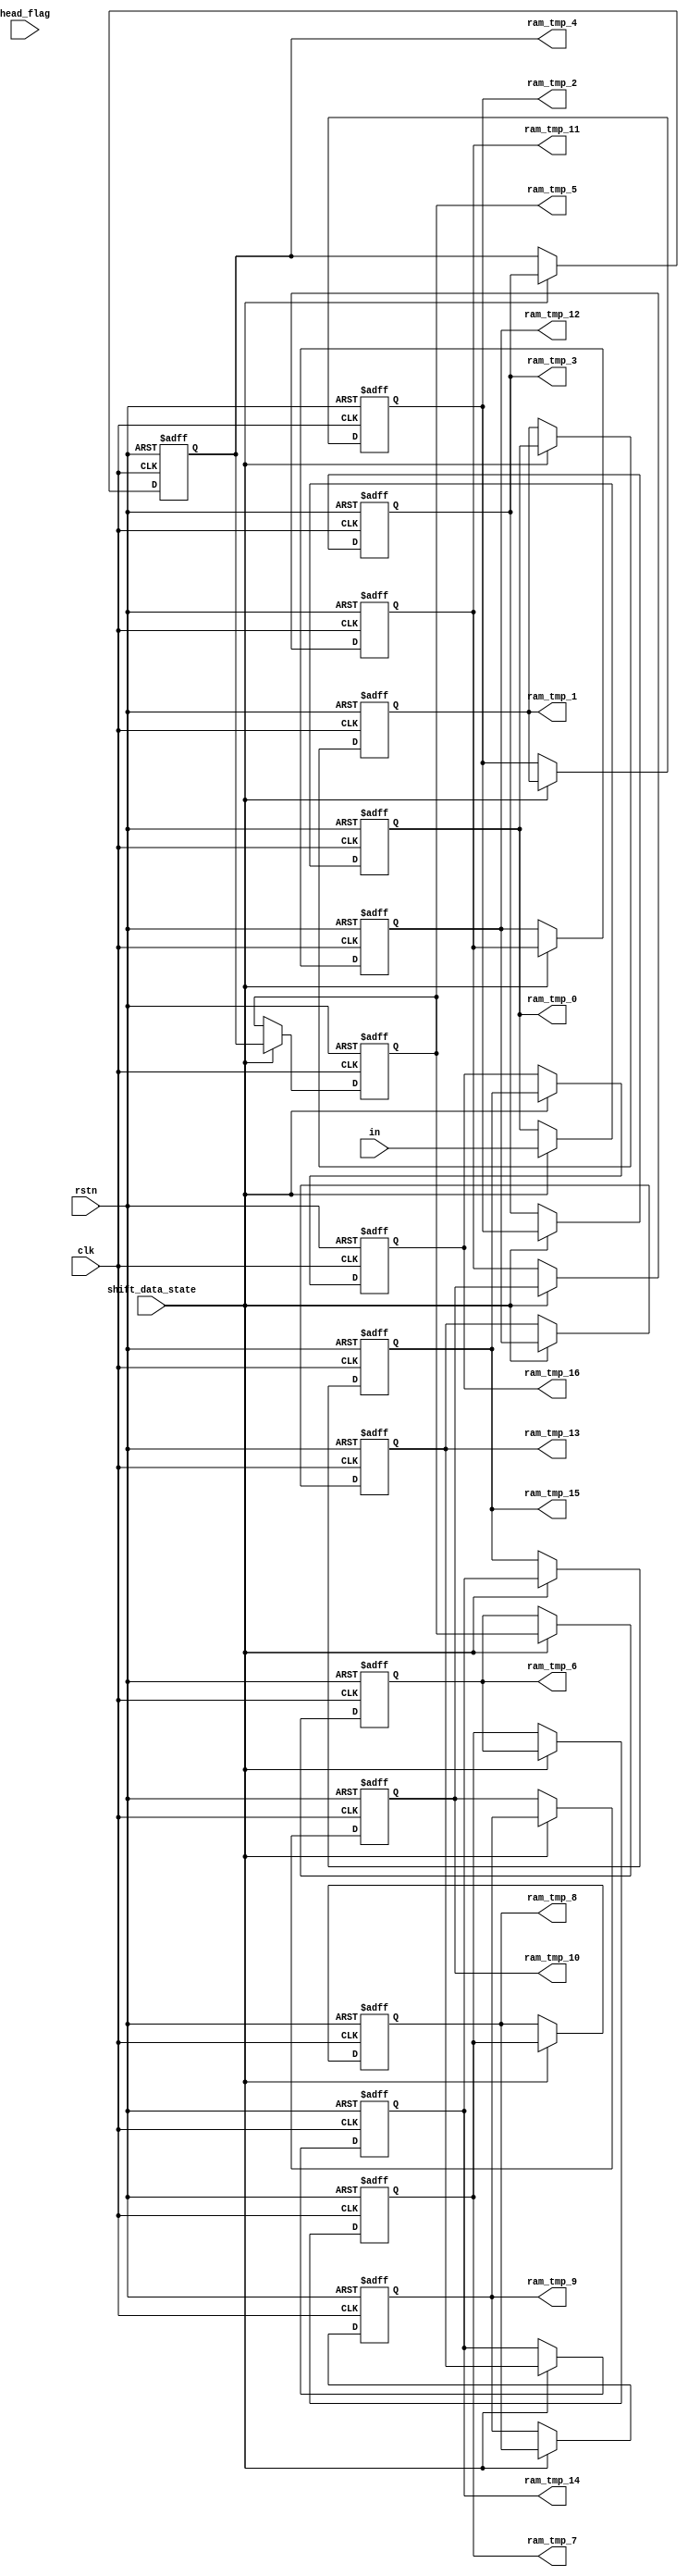
`timescale 1ns/1ps
module ram_data (shift_data_state, rstn, clk, in, head_flag, ram_tmp_0, ram_tmp_1, ram_tmp_2, ram_tmp_3, ram_tmp_4, ram_tmp_5, ram_tmp_6, ram_tmp_7, ram_tmp_8, ram_tmp_9, ram_tmp_10, ram_tmp_11, ram_tmp_12, ram_tmp_13, ram_tmp_14, ram_tmp_15,ram_tmp_16);

input rstn, clk, head_flag, shift_data_state;
input [13:0] in;

output reg [13:0] ram_tmp_0;
output reg [13:0] ram_tmp_1;
output reg [13:0] ram_tmp_2;
output reg [13:0] ram_tmp_3;
output reg [13:0] ram_tmp_4;
output reg [13:0] ram_tmp_5;
output reg [13:0] ram_tmp_6;
output reg [13:0] ram_tmp_7;
output reg [13:0] ram_tmp_8;
output reg [13:0] ram_tmp_9;
output reg [13:0] ram_tmp_10;
output reg [13:0] ram_tmp_11;
output reg [13:0] ram_tmp_12;
output reg [13:0] ram_tmp_13;
output reg [13:0] ram_tmp_14;
output reg [13:0] ram_tmp_15;
output reg [13:0] ram_tmp_16;

//********************** Shift Register Storage ***********************//
    always@(posedge clk or negedge rstn)
    begin
    if (rstn == 1'b0)
        ram_tmp_0 <= #2  14'd0;
    else if (shift_data_state == 1'b1)
        ram_tmp_0 <= #2  in;
    else
	ram_tmp_0 <= #2  ram_tmp_0;
    end  


    always@(posedge clk or negedge rstn)
    begin
    if (rstn == 1'b0)
        ram_tmp_1 <= #2  14'd0;
    else if (shift_data_state == 1'b1)
        ram_tmp_1 <= #2  ram_tmp_0;
    else
	ram_tmp_1 <= #2  ram_tmp_1;
    end    

    always@(posedge clk or negedge rstn)
    begin
    if (rstn == 1'b0)
        ram_tmp_2 <= #2  14'd0;
    else if (shift_data_state == 1'b1)
        ram_tmp_2 <= #2  ram_tmp_1;
    else
	ram_tmp_2 <= #2  ram_tmp_2;
    end    

    always@(posedge clk or negedge rstn)
    begin
    if (rstn == 1'b0)
        ram_tmp_3 <= #2  14'd0;
    else if (shift_data_state == 1'b1)
        ram_tmp_3 <= #2  ram_tmp_2;
    else
	ram_tmp_3 <= #2  ram_tmp_3;
    end    

    always@(posedge clk or negedge rstn)
    begin
    if (rstn == 1'b0)
        ram_tmp_4 <= #2  14'd0;
    else if (shift_data_state == 1'b1)
        ram_tmp_4 <= #2  ram_tmp_3;
    else
	ram_tmp_4 <= #2  ram_tmp_4;
    end    

    always@(posedge clk or negedge rstn)
    begin
    if (rstn == 1'b0)
        ram_tmp_5 <= #2  14'd0;
    else if (shift_data_state == 1'b1)
        ram_tmp_5 <= #2  ram_tmp_4;
    else
	ram_tmp_5 <= #2  ram_tmp_5;
    end    

    always@(posedge clk or negedge rstn)
    begin
    if (rstn == 1'b0)
        ram_tmp_6 <= #2  14'd0;
    else if (shift_data_state == 1'b1)
        ram_tmp_6 <= #2  ram_tmp_5;
    else
	ram_tmp_6 <= #2  ram_tmp_6;
    end    

    always@(posedge clk or negedge rstn)
    begin
    if (rstn == 1'b0)
        ram_tmp_7 <= #2  14'd0;
    else if (shift_data_state == 1'b1)
        ram_tmp_7 <= #2  ram_tmp_6;
    else
	ram_tmp_7 <= #2  ram_tmp_7;
    end    

    always@(posedge clk or negedge rstn)
    begin
    if (rstn == 1'b0)
        ram_tmp_8 <= #2  14'd0;
    else if (shift_data_state == 1'b1)
        ram_tmp_8 <= #2  ram_tmp_7;
    else
	ram_tmp_8 <= #2  ram_tmp_8;
    end    

    always@(posedge clk or negedge rstn)
    begin
    if (rstn == 1'b0)
        ram_tmp_9 <= #2  14'd0;
    else if (shift_data_state == 1'b1)
        ram_tmp_9 <= #2  ram_tmp_8;
    else
	ram_tmp_9 <= #2  ram_tmp_9;
    end    

    always@(posedge clk or negedge rstn)
    begin
    if (rstn == 1'b0)
        ram_tmp_10 <= #2  14'd0;
    else if (shift_data_state == 1'b1)
        ram_tmp_10 <= #2  ram_tmp_9;
    else
	ram_tmp_10 <= #2  ram_tmp_10;
    end    

    always@(posedge clk or negedge rstn)
    begin
    if (rstn == 1'b0)
        ram_tmp_11 <= #2  14'd0;
    else if (shift_data_state == 1'b1)
        ram_tmp_11 <= #2  ram_tmp_10;
    else
	ram_tmp_11 <= #2  ram_tmp_11;
    end    

    always@(posedge clk or negedge rstn)
    begin
    if (rstn == 1'b0)
        ram_tmp_12 <= #2  14'd0;
    else if (shift_data_state == 1'b1)
        ram_tmp_12 <= #2  ram_tmp_11;
    else
	ram_tmp_12 <= #2  ram_tmp_12;
    end    

    always@(posedge clk or negedge rstn)
    begin
    if (rstn == 1'b0)
        ram_tmp_13 <= #2  14'd0;
    else if (shift_data_state == 1'b1)
        ram_tmp_13 <= #2  ram_tmp_12;
    else
	ram_tmp_13 <= #2  ram_tmp_13;
    end    

    always@(posedge clk or negedge rstn)
    begin
    if (rstn == 1'b0)
        ram_tmp_14 <= #2  14'd0;
    else if (shift_data_state == 1'b1)
        ram_tmp_14 <= #2  ram_tmp_13;
    else
	ram_tmp_14 <= #2  ram_tmp_14;
    end    

    always@(posedge clk or negedge rstn)
    begin
    if (rstn == 1'b0)
        ram_tmp_15 <= #2  14'd0;
    else if (shift_data_state == 1'b1)
        ram_tmp_15 <= #2  ram_tmp_14;
    else
	ram_tmp_15 <= #2  ram_tmp_15;
    end
	
	always@(posedge clk or negedge rstn)
    begin
    if (rstn == 1'b0)
        ram_tmp_16 <= #2  14'd0;
    else if (shift_data_state == 1'b1)
        ram_tmp_16 <= #2  ram_tmp_15;
    else
	ram_tmp_16 <= #2  ram_tmp_16;
    end

endmodule